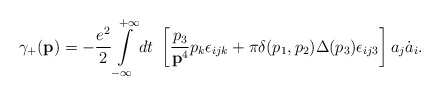
\begin{align*}\gamma_{+}({\bf p})=-\frac{e^{2}}{2}\int\limits_{-\infty}^{+\infty} dt~\left[\frac{p_{3}}{{\bf p}^{4}}p_{k} \epsilon_{ijk}+\pi\delta(p_{1}, p_{2})\Delta(p_{3})\epsilon_{ij3}\right]a_{j} \dot{a}_{i}.\end{align*}